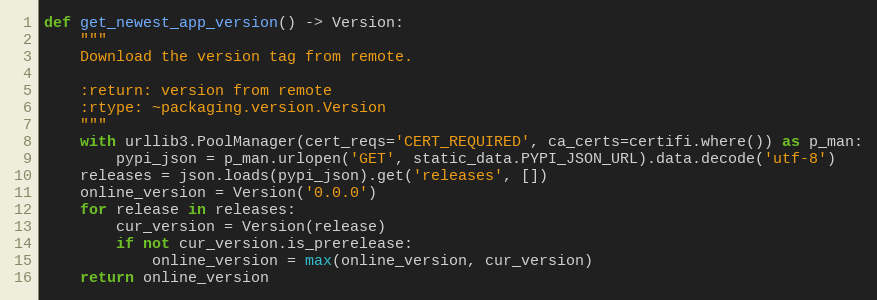
Language: Python
def get_newest_app_version() -> Version:
    """
    Download the version tag from remote.

    :return: version from remote
    :rtype: ~packaging.version.Version
    """
    with urllib3.PoolManager(cert_reqs='CERT_REQUIRED', ca_certs=certifi.where()) as p_man:
        pypi_json = p_man.urlopen('GET', static_data.PYPI_JSON_URL).data.decode('utf-8')
    releases = json.loads(pypi_json).get('releases', [])
    online_version = Version('0.0.0')
    for release in releases:
        cur_version = Version(release)
        if not cur_version.is_prerelease:
            online_version = max(online_version, cur_version)
    return online_version